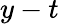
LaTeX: y-t